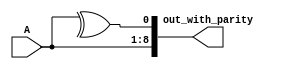
module q4(A, out_with_parity);

	input [7:0] A;
	output [8:0] out_with_parity;

	assign out_with_parity = {A , ^A} ;  //even parity
//	assign out_with_parity = {A , ~^A} ; //odd parity

endmodule